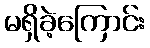
မရှိခဲ့ကြောင်း